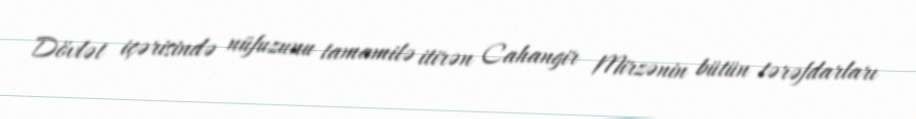
Dövlət içərisində nüfuzunu tamamilə itirən Cahangir Mirzənin bütün tərəfdarları